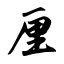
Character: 厘